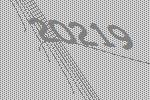
20219